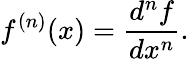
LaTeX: f^{(n)}(x)={\frac{d^{n}f}{dx^{n}}}.